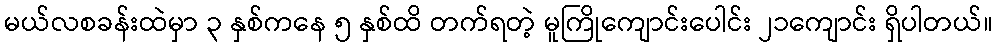
မယ်လစခန်းထဲမှာ ၃ နှစ်ကနေ ၅ နှစ်ထိ တက်ရတဲ့ မူကြိုကျောင်းပေါင်း ၂၁ကျောင်း ရှိပါတယ်။